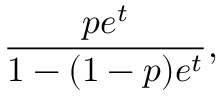
{ \frac { p e ^ { t } } { 1 - ( 1 - p ) e ^ { t } } } ,